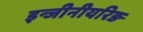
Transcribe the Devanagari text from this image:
इन्जीनीयरिङ